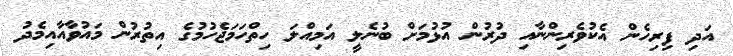
އަދި ފިރިހެން އެކުވެރިންނާއި ދުރުން އުޅުމަށް ބުނެލީ އަމިއްލަ ހިތްހަމަޖެހުމުގެ އިތުރުން މައުވާއާއިމެދު